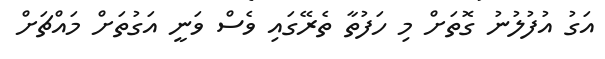
އަގު އުފުލުނު ގޮތަށް މި ހަފުތާ ތެރޭގައި ވެސް ވަނީ އަގުތަށް މައްޗަށް